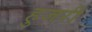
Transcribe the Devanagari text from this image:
हुजरी